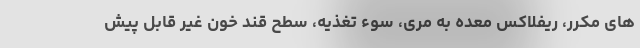
های مکرر، ریفلاکس معده به مری، سوء تغذیه، سطح قند خون غیر قابل پیش